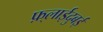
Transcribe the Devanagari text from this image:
फ़्लाईदुबई